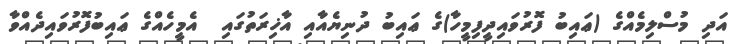
އަދި މުސްލިމެއްގެ (ޢައިބު ފޮރުވައިދީފިމީހާ)ގެ ޢައިބު ދުނިޔެއާއި އާޚިރަތުގައި  އެމީހެއްގެ ޢައިބުފޮރުވައިދެއްވާ